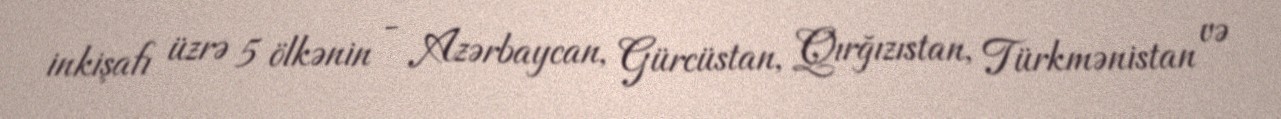
inkişafı üzrə 5 ölkənin - Azərbaycan, Gürcüstan, Qırğızıstan, Türkmənistan və